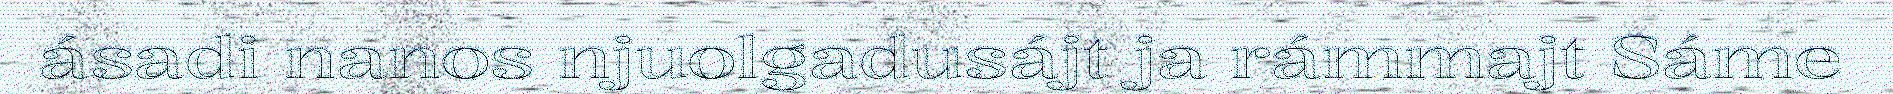
ásadi nanos njuolgadusájt ja rámmajt Sáme